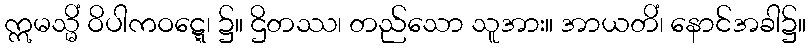
ဣမသ္မိံ ဝိပါကဝဋ္ဋေ၊ ၌။ ဌိတဿ၊ တည်သော သူအား။ အာယတိံ၊ နောင်အခါ၌။